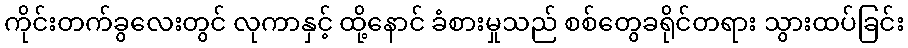
ကိုင်းတက်ခွလေးတွင် လုကာနှင့် ထို့နောင် ခံစားမှုသည် စစ်တွေခရိုင်တရား သွားထပ်ခြင်း